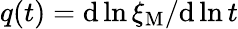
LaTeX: q(t)=\mathrm{d}{}\ln\xi_{\mathrm{M}}/\mathrm{d}{}\ln t